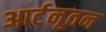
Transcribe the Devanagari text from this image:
आर्टनूतन